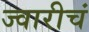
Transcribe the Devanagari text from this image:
ज्वारीचं